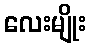
လေးမျိုး